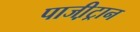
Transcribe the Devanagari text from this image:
पाजी़ट्रान